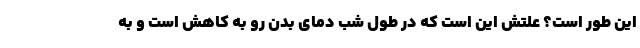
این طور است؟ علتش این است که در طول شب دمای بدن رو به کاهش است و به